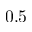
0 . 5